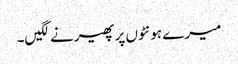
میرے ہونٹوں پر پھیرنے لگیں۔